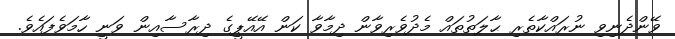
ވޭންދެނިވި ނުރައްކާތެރި ޙާލަތުތައް މެދުވެރިވާން ދިމާވާ ކަން އޭއޭޕީގެ ދިރާސާއިން ވަނީ ހާމަވެފައެވެ.